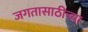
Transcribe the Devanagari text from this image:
जगतासाठीच्या